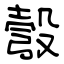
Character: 彀